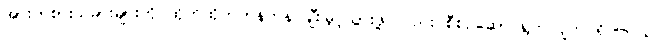
အားကစားသမားများကို ထိုက်ထိုက်တန်တန် ချီးမြှင့်သွားဖို့ လည်း စီစဉ်ဆောင်ရွက်လျက် ရှိပါတယ်။